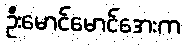
ဦးမောင်မောင်အေးက